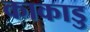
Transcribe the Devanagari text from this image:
काकाडु